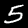
Digit: 5